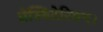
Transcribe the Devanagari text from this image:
प्रेस्बिटेरियन।